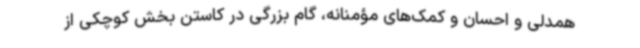
همدلی و احسان و کمک‌های مؤمنانه، گام بزرگی در کاستن بخش کوچکی از